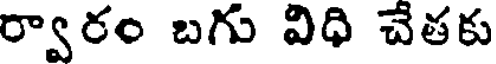
ర్వారం బగు విధి చేతకు